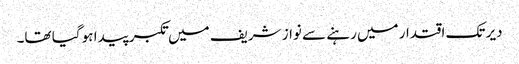
دیر تک اقتدار میں رہنے سے نواز شریف میں تکبر پیدا ہو گیا تھا۔